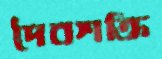
দৈবশক্তি